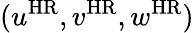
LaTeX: (u^{\mathrm{HR}},v^{\mathrm{HR}},w^{\mathrm{HR}})